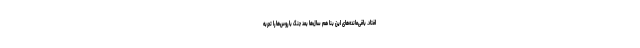
افتاد. باقی‌مانده‌های این بنا هم سال‌ها بعد جنگ با روس‌ها را تجربه